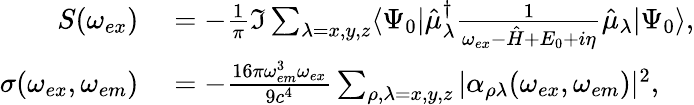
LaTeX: \begin{array}{rl}{S(\omega_{ex})}&{{}=-\frac{1}{\pi}\Im\sum_{\lambda=x,y,z}\langle\Psi_{0}|\hat{\mu}_{\lambda}^{\dagger}\frac{1}{\omega_{ex}-\hat{H}+E_{0}+i\eta}\hat{\mu}_{\lambda}|\Psi_{0}\rangle,}\\ {\sigma(\omega_{ex},\omega_{em})}&{{}=-\frac{16\pi\omega_{em}^{3}\omega_{ex}}{9c^{4}}\sum_{\rho,\lambda=x,y,z}|\alpha_{\rho\lambda}(\omega_{ex},\omega_{em})|^{2},}\end{array}